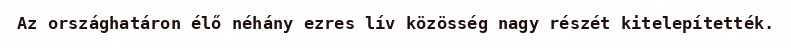
Az országhatáron élő néhány ezres lív közösség nagy részét kitelepítették.